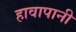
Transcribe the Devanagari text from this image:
हावापानी